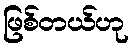
ဖြစ်တယ်ဟု